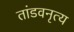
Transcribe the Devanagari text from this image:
तांडवनृत्य